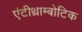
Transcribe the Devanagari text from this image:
एंटीथ्राम्बोटिक